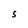
Character: S